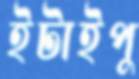
ইটাইপু